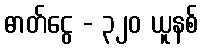
ဓာတ်ငွေ - ၃၂၀ ယူနစ်